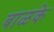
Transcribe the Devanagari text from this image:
बाळके